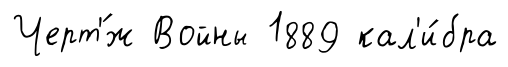
Черт'́ж Войны 1889 кал'и́бра